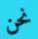
نحن